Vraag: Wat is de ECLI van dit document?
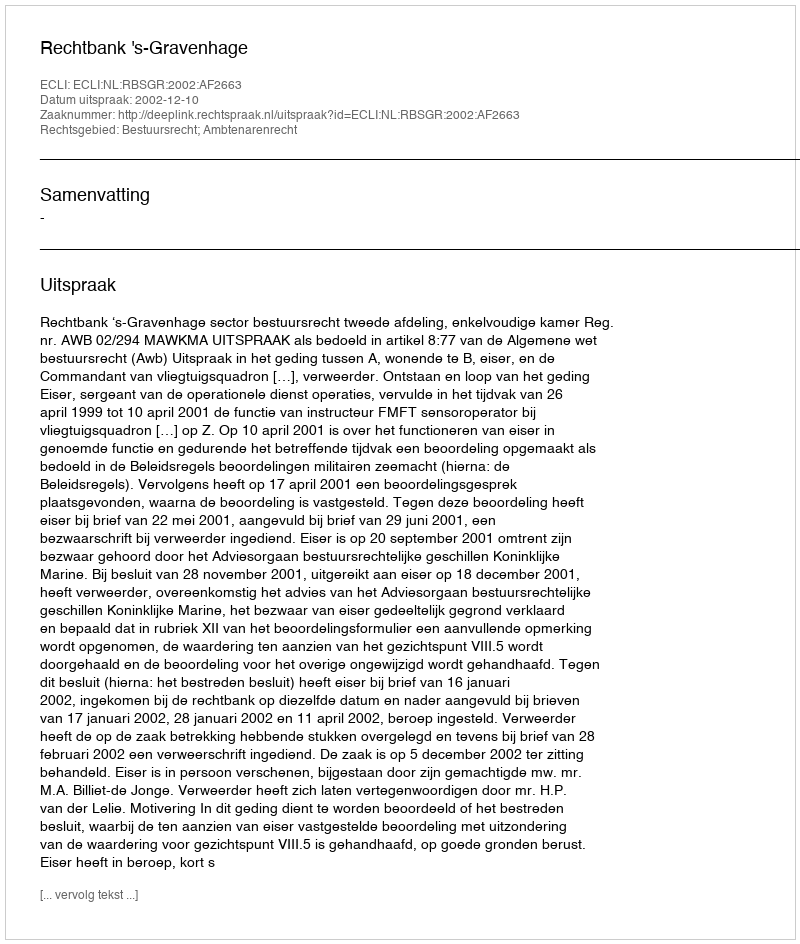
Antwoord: ECLI:NL:RBSGR:2002:AF2663